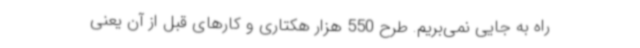
راه به جایی نمی‌بریم. طرح 550 هزار هکتاری و کارهای قبل از آن یعنی